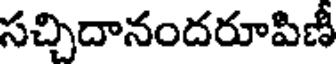
సచ్చిదానందరూపిణీ